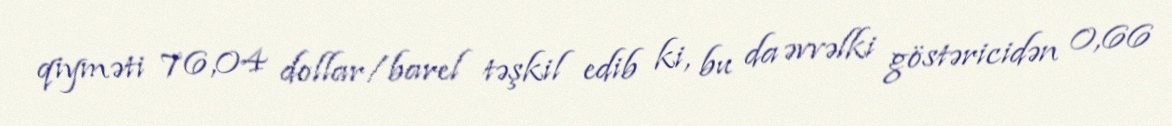
qiyməti 76,04 dollar/barel təşkil edib ki, bu da əvvəlki göstəricidən 0,66